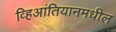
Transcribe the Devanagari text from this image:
व्हिआंतियानमधील